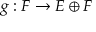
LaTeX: g : F \to E \oplus F